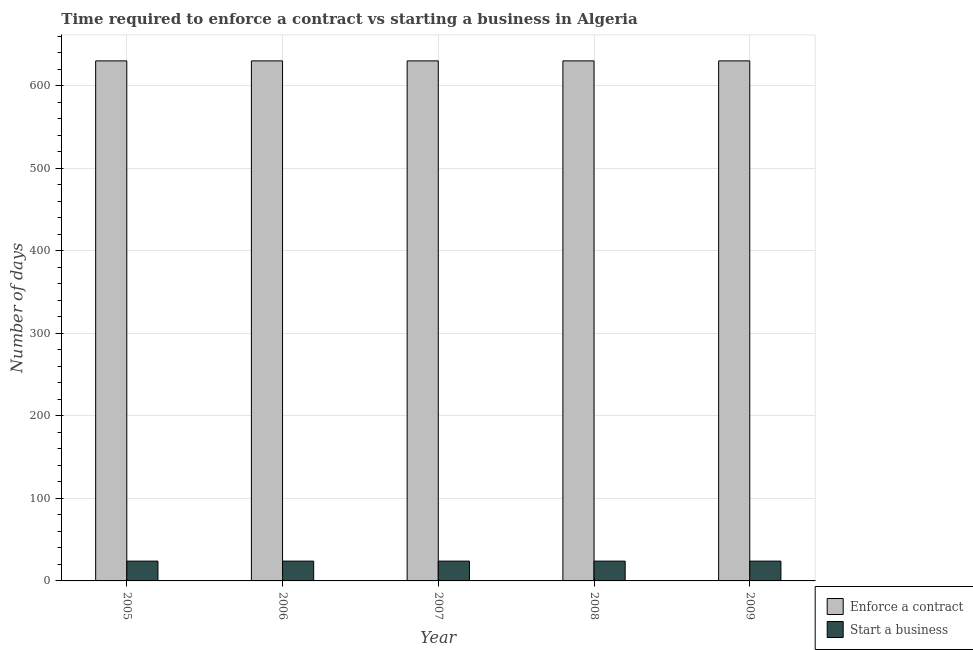
| Year | Enforce a contract | Start a business |
 | --- | --- | --- |
 | 2005 | 630 | 24 |
 | 2006 | 630 | 24 |
 | 2007 | 630 | 24 |
 | 2008 | 630 | 24 |
 | 2009 | 630 | 24 |